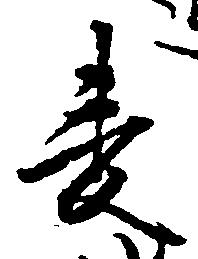
麦